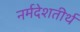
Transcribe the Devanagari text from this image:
नर्मदेशतीर्थ